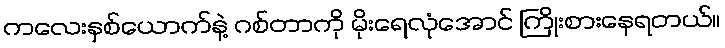
ကလေးနှစ်ယောက်နဲ့ ဂစ်တာကို မိုးရေလုံအောင် ကြိုးစားနေရတယ်။